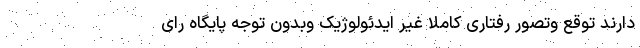
دارند توقع وتصور رفتاری کاملا غیر ایدئولوژیک وبدون توجه پایگاه رای